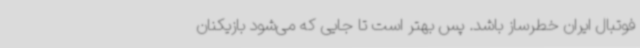
فوتبال ایران خطرساز باشد. پس بهتر است تا جایی که می‌شود بازیکنان